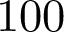
1 0 0